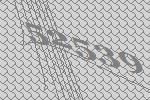
52539